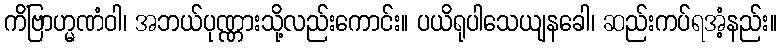
ကိံဗြာဟ္မဏံဝါ၊ အဘယ်ပုဏ္ဏားသို့လည်းကောင်း။ ပယိရုပါသေယျနခေါ၊ ဆည်းကပ်ရအံ့နည်း။